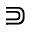
\Supset